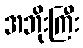
အဘိုးကြီး